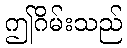
ဤဂိမ်းသည်